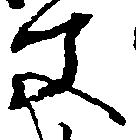
父